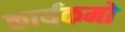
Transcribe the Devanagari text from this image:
कार्यकमो